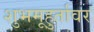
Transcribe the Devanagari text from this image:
शुभमूहुर्तावर